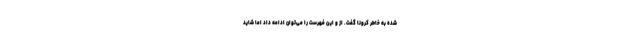
شده به خاطر کرونا گفت. از و این فهرست را می‌توان ادامه داد اما شاید